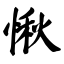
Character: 愀